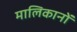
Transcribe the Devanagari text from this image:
मालिकानों